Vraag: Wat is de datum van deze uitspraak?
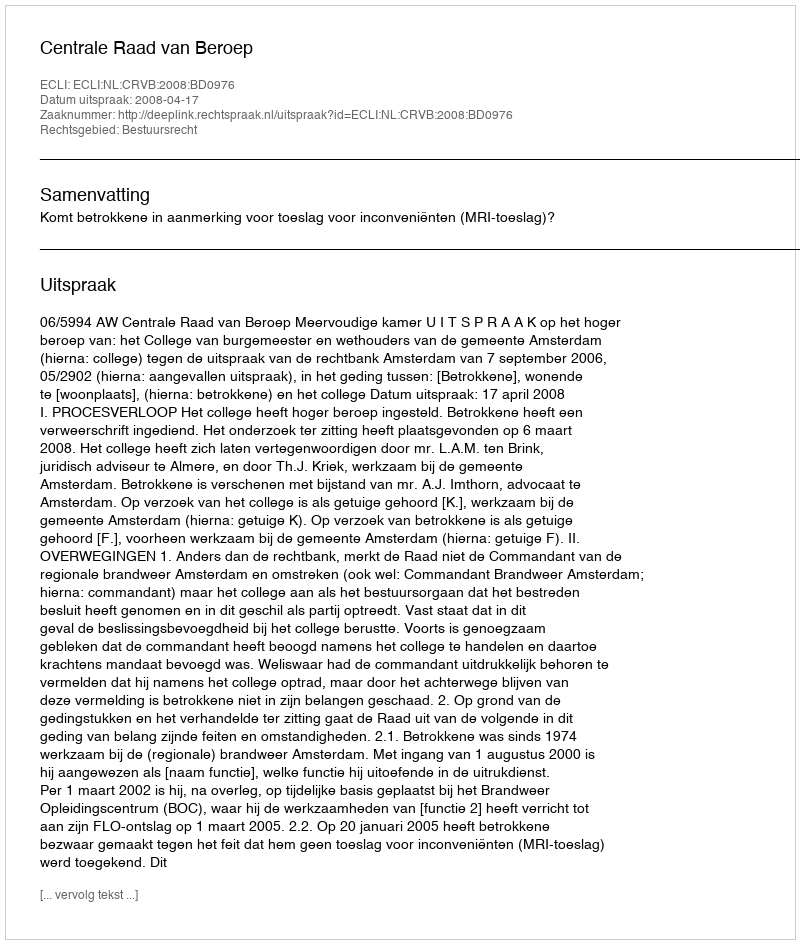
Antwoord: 2008-04-17